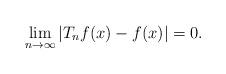
LaTeX: \begin{align*}\lim_{n \to \infty} {| T_nf(x) - f(x)|} =0. \end{align*}